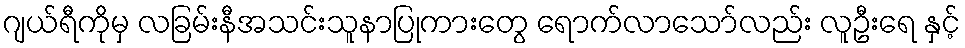
ဂျယ်ရီကိုမှ လခြမ်းနီအသင်းသူနာပြုကားတွေ ရောက်လာသော်လည်း လူဦးရေ နှင့်